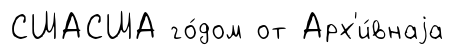
СШАСША го́дом от Арх'и́внаjа